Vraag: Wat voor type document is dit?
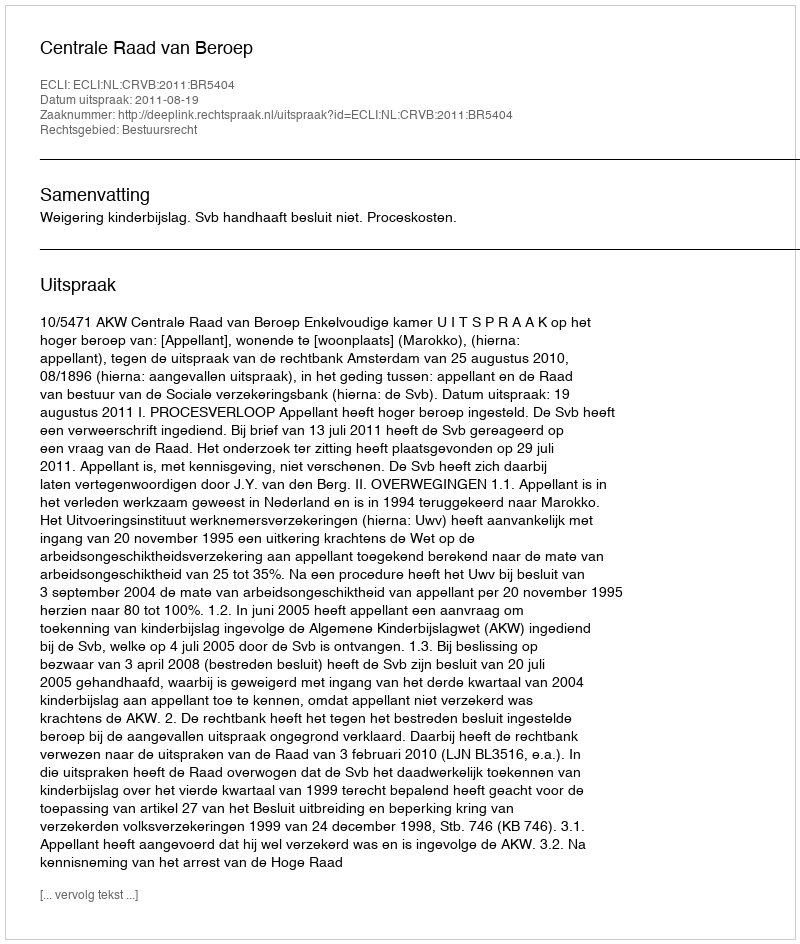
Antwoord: Uitspraak